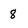
Character: 8